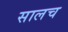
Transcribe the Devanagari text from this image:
सालच